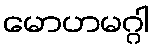
မောဟမဂ္ဂါ